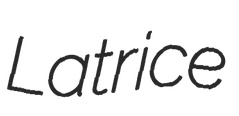
Latrice